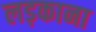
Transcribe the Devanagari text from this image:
लड़काना